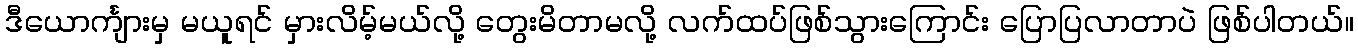
ဒီယောင်္ကျားမှ မယူရင် မှားလိမ့်မယ်လို့ တွေးမိတာမလို့ လက်ထပ်ဖြစ်သွားကြောင်း ပြောပြလာတာပဲ ဖြစ်ပါတယ်။